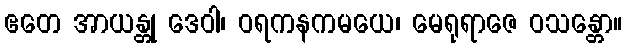
ဧတေ အာယန္တု ဒေဝါ၊ ဝရကနကမယေ၊ မေရုရာဇေ ဝသန္တော။